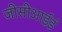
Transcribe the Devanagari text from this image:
जीसीआईई